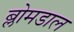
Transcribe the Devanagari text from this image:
ब्लोमडाल